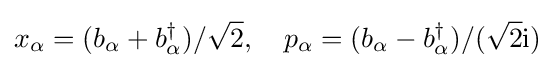
x_{\alpha }=(b_{\alpha }+b_{\alpha }^{\dagger })/{\sqrt {2}},\quad p_{\alpha }=(b_{\alpha }-b_{\alpha }^{\dagger })/({\sqrt {2}}\mathrm {i} )